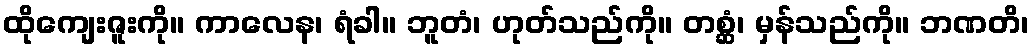
ထိုကျေးဇူးကို။ ကာလေန၊ ရံခါ။ ဘူတံ၊ ဟုတ်သည်ကို။ တစ္ဆံ၊ မှန်သည်ကို။ ဘဏတိ၊